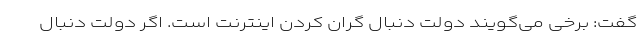
گفت: برخی می‌گویند دولت دنبال گران کردن اینترنت است. اگر دولت دنبال